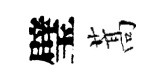
璧蒿